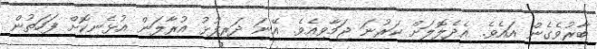
ބާރުވެގެން އައެވެ. އެދެލޮލަށް ކަރުނަ ޖަމާވިއެވެ. އޭނަ ދަރިފުޅު އުރާލަން އުޅެނިކޮށް ފަހަތުން